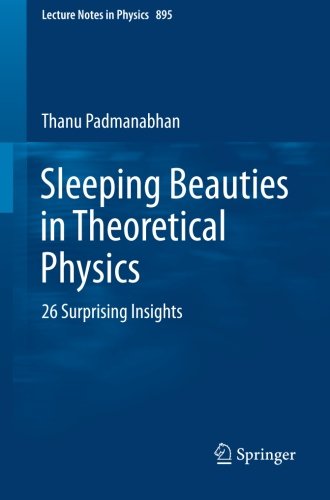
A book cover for Sleeping Beauties in Theoretical Physics: 26 Surprising Insights (Lecture Notes in Physics); Thanu Padmanabhan; Science & Math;